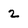
Character: 2